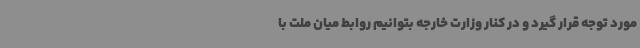
مورد توجه قرار گیرد و در کنار وزارت خارجه بتوانیم روابط میان ملت با